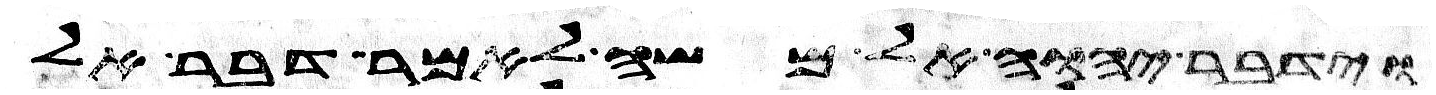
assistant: וידבר יהוה אל משה לאמר דבר אל